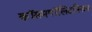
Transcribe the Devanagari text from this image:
कॉसमपॉलिटनिज़म